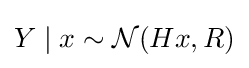
Y\mid x\sim {\mathcal {N}}(Hx,R)